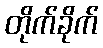
တိုက်ခိုက်